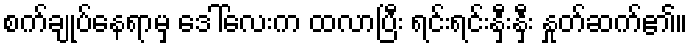
စက်ချုပ်နေရာမှ ဒေါ်လေးက ထလာပြီး ရင်းရင်းနှီးနှီး နှုတ်ဆက်၏။